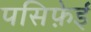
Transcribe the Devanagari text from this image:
पसिफ़ेई